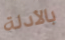
بالأدلة